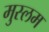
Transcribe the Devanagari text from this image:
मुस्लम